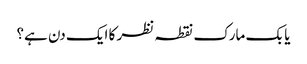
یا بک مارک نقطہ نظر کا ایک دن ہے؟